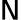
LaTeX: \mathsf{N}